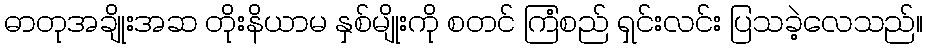
ဓာတုအချိုးအဆ တိုးနိယာမ နှစ်မျိုးကို စတင် ကြံစည် ရှင်းလင်း ပြသခဲ့လေသည်။